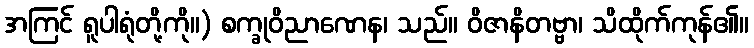
အကြင် ရူပါရုံတို့ကို။) စက္ခုဝိညာဏေန၊ သည်။ ဝိဇာနိတဗ္ဗာ၊ သိထိုက်ကုန်၏။